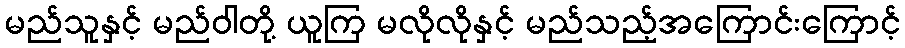
မည်သူနှင့် မည်ဝါတို့ ယူကြ မလိုလိုနှင့် မည်သည့်အကြောင်းကြောင့်